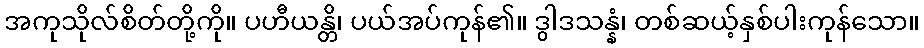
အကုသိုလ်စိတ်တို့ကို။ ပဟီယန္တိ၊ ပယ်အပ်ကုန်၏။ ဒွါဒသန္နံ၊ တစ်ဆယ့်နှစ်ပါးကုန်သော။